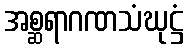
အစ္ဆရာဂဏသံဃုဋ္ဌံ